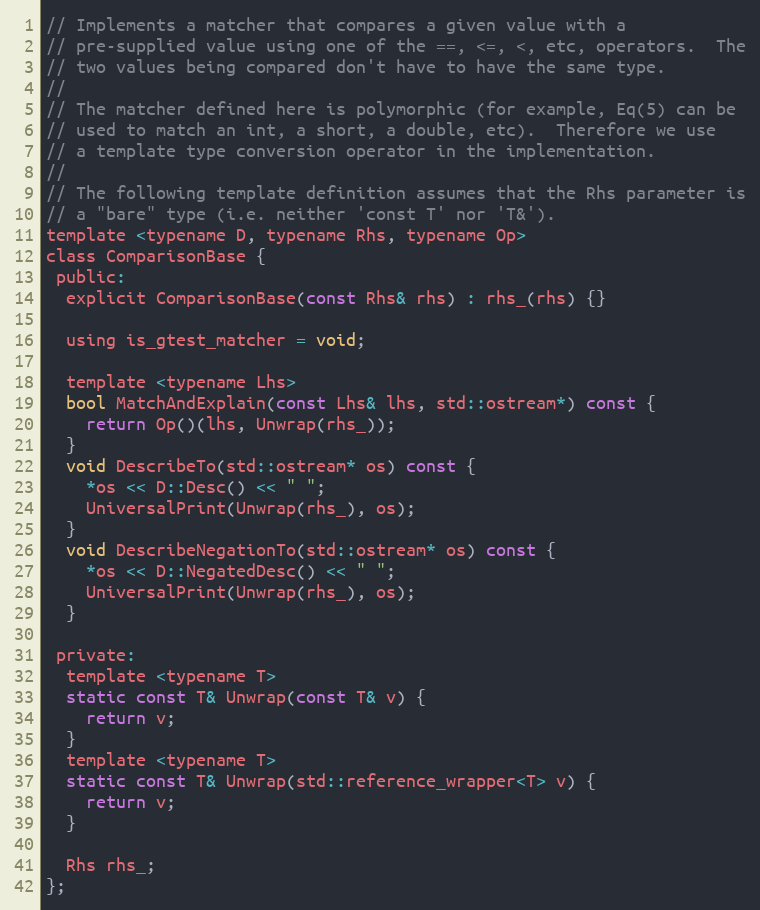
Language: C
// Implements a matcher that compares a given value with a
// pre-supplied value using one of the ==, <=, <, etc, operators.  The
// two values being compared don't have to have the same type.
//
// The matcher defined here is polymorphic (for example, Eq(5) can be
// used to match an int, a short, a double, etc).  Therefore we use
// a template type conversion operator in the implementation.
//
// The following template definition assumes that the Rhs parameter is
// a "bare" type (i.e. neither 'const T' nor 'T&').
template <typename D, typename Rhs, typename Op>
class ComparisonBase {
 public:
  explicit ComparisonBase(const Rhs& rhs) : rhs_(rhs) {}

  using is_gtest_matcher = void;

  template <typename Lhs>
  bool MatchAndExplain(const Lhs& lhs, std::ostream*) const {
    return Op()(lhs, Unwrap(rhs_));
  }
  void DescribeTo(std::ostream* os) const {
    *os << D::Desc() << " ";
    UniversalPrint(Unwrap(rhs_), os);
  }
  void DescribeNegationTo(std::ostream* os) const {
    *os << D::NegatedDesc() << " ";
    UniversalPrint(Unwrap(rhs_), os);
  }

 private:
  template <typename T>
  static const T& Unwrap(const T& v) {
    return v;
  }
  template <typename T>
  static const T& Unwrap(std::reference_wrapper<T> v) {
    return v;
  }

  Rhs rhs_;
};